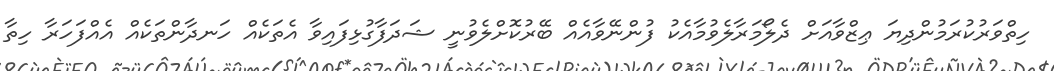
ހިތްވަރުކުރަމުންދިޔަ ޢިޒްވާއަށް ދެލޯމަރާލެވުމާއެކު ފުންނޭވާއެއް ބޭރުކޮށްލެވުނީ ޝަދަފާގުޅިފައިވާ އެތަކެއް ހަނދާންތަކެއް އެއްފަހަރާ ހިތާ